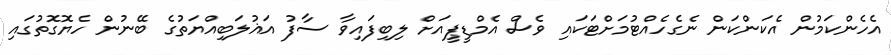
އެހެންކަމުން އެކަންކަން ނެގެހެއްޓުމަށްޓަަކައި ވެސް އެމްޑީޕީއަށް ލިބިފައިވާ ސާފު އަޣުލަބިއްޔަތުގެ ބޭނުން ހެޔޮގޮތުގައި